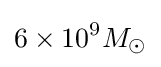
6\times 10^{9}M_{\odot }